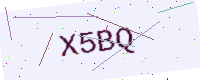
Text: X5BQ